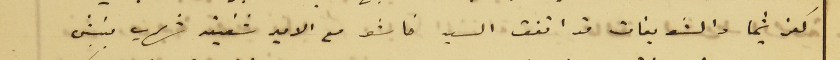
كفرشيما والشويفات قد اتفق السيد خاشو مع الامير شفيق شهاب بنبش